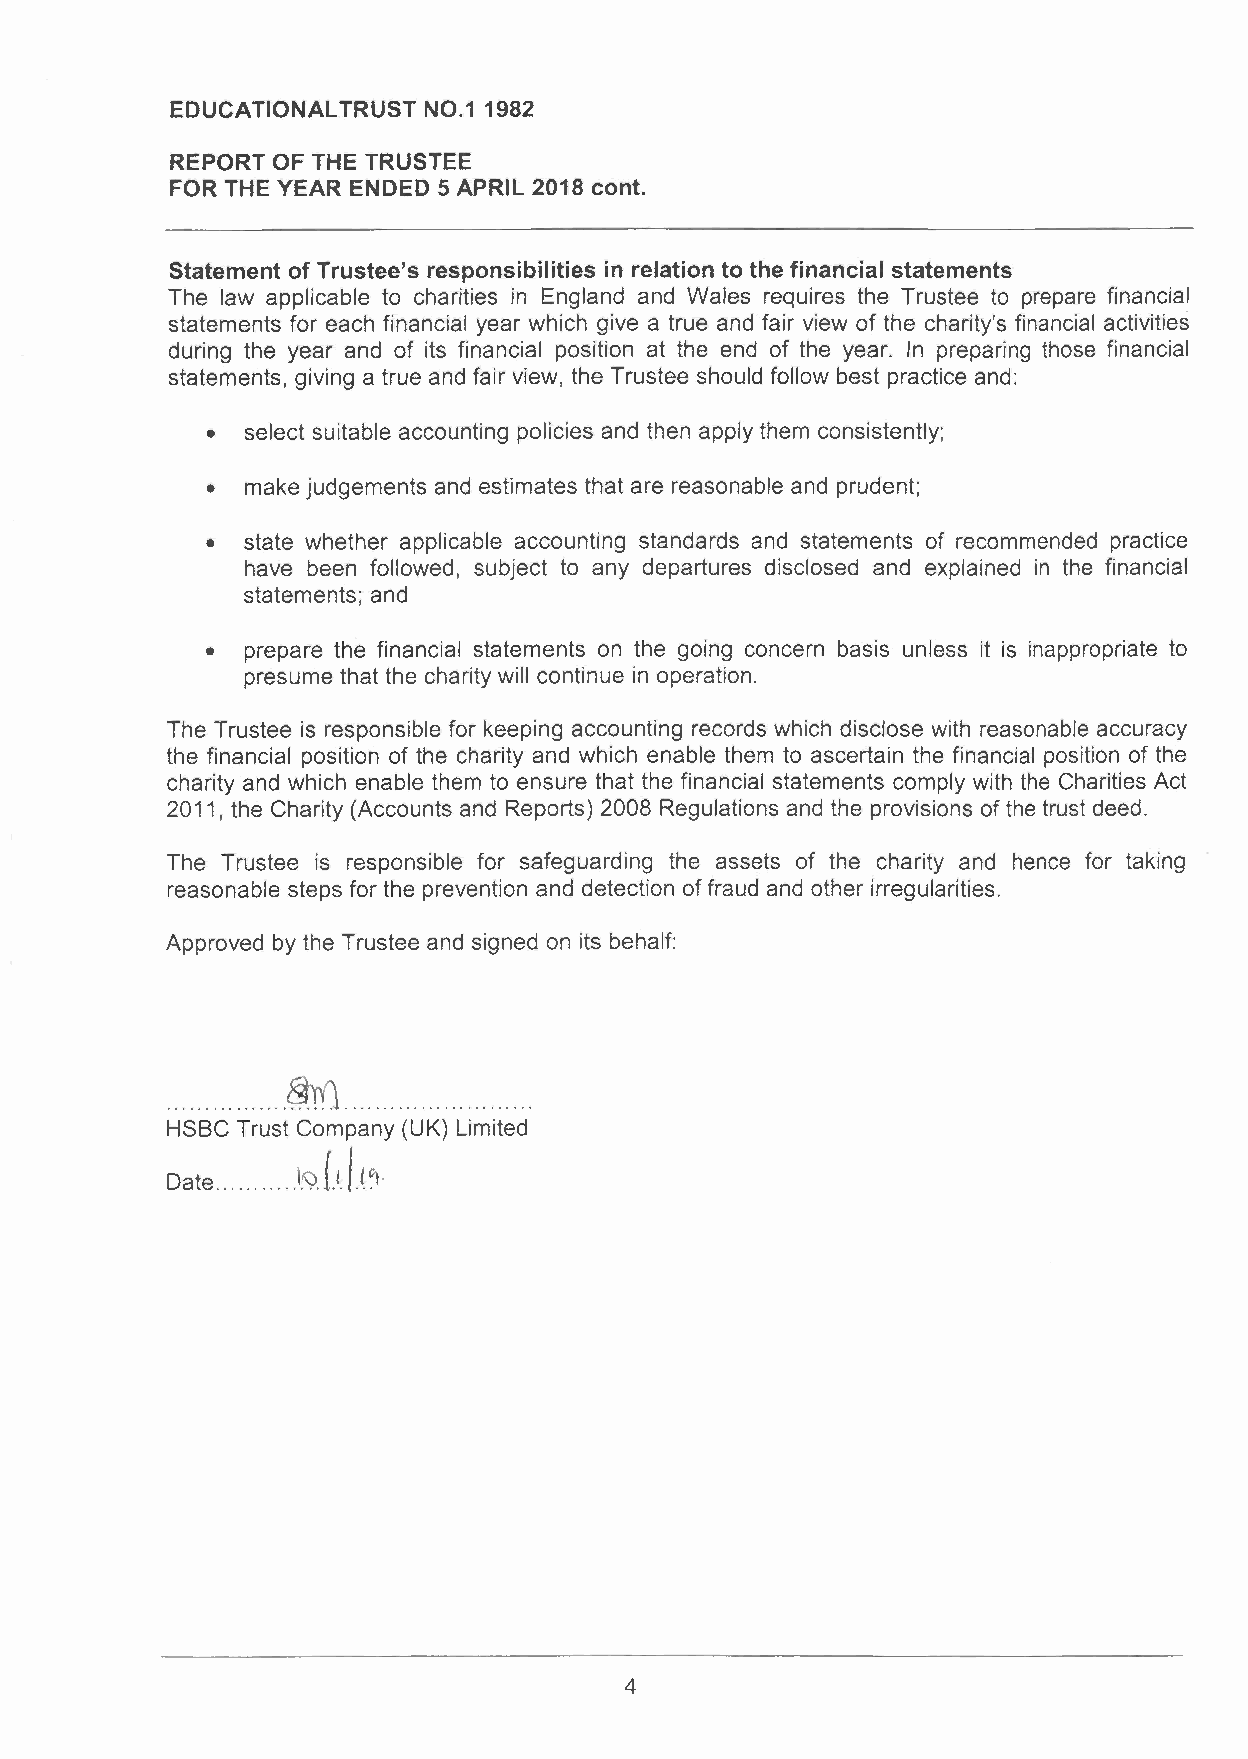
EDUCATIONAL TRUST NO.1 1982
 REPORT OF THE TRUSTEE
 FOR THE YEAR ENDED 5 APRIL 2018 cont.
 Statement of Trustee's responsibilities in relation to the financial statements
 The law applicable to charities in England and Wales requires the Trustee to prepare financial
 statements for each financial year which give a true and fair view of the charity's financial activities
 during the year and of its financial position at the end of the year. In preparing those financial
 statements, giving a true and fair view, the Trustee should follow best practice and:
 • select suitable accounting policies and then apply them consistently;
 • make judgements and estimates that are reasonable and prudent;
 • state whether applicable accounting standards and statements of recommended practice
 have been followed, subject to any departures disclosed and explained in the financial
 statements; and
 • prepare the financial statements on the going concern basis unless it is inappropriate to
 presume that the charity will continue in operation.
 The Trustee is responsible for keeping accounting records which disclose with reasonable accuracy
 the financial position of the charity and which enable them to ascertain the financial position of the
 charity and which enable them to ensure that the financial statements comply with the Charities Act
 2011, the Charity (Accounts and Reports) 2008 Regulations and the provisions of the trust deed.
 The Trustee is responsible for safeguarding the assets of the charity and hence for taking
 reasonable steps for the prevention and detection of fraud and other irregularities.
 Approved by the Trustee and signed on its behalf:
 ................ ®.r.l  .
 HSBC Trust Company (UK) Limited
 f.t.l.l.~.
 Date     19
 4